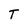
Character: T